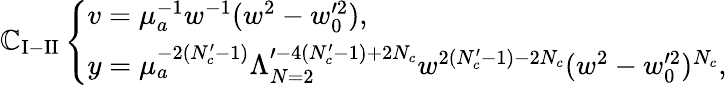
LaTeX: \mathbb{C}_{\mathrm{{I-II}}}\left\{ \begin{array}{l}{{v=\mu_{a}^{-1}w^{-1}(w^{2}-w_{0}^{\prime 2}),}}\\ {{y=\mu_{a}^{-2(N_{c}^{\prime}-1)}\Lambda_{N=2}^{\prime-4(N_{c}^{\prime}-1)+2N_{c}}w^{2(N_{c}^{\prime}-1)-2N_{c}}(w^{2}-w_{0}^{\prime 2})^{N_{c}},}}\end{array}\right.